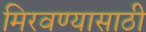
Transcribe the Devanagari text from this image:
मिरवण्यासाठी